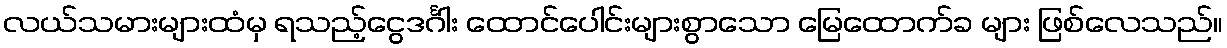
လယ်သမားများထံမှ ရသည့်ငွေဒင်္ဂါး ထောင်ပေါင်းများစွာသော မြေထောက်ခ များ ဖြစ်လေသည်။